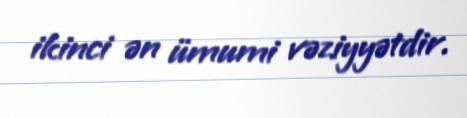
ikinci ən ümumi vəziyyətdir.